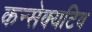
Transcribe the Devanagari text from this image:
कन्सेक्यटिव